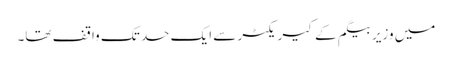
میں وزیر بیگم کے کیریکٹر سے ایک حد تک واقف تھا۔